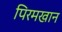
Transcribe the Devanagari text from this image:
पिरमखान